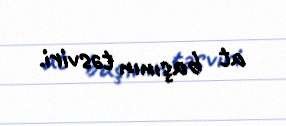
at başının təsviri.